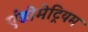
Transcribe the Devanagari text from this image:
एंडोमेट्रियम